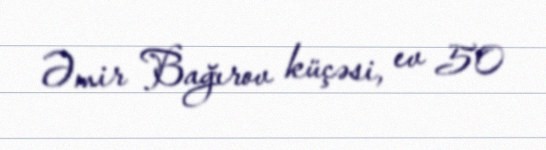
Əmir Bağırov küçəsi, ev 50